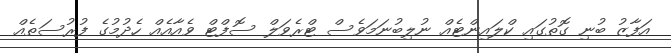
އަފާޒު ބުނި ގޮތުގައި ކްލައިންޓެއް ނުލިބުނަމަވެސް ޓްރެވަލް ސޮފްޓް ވެއާއެއް ހެދުމުގެ ފުރުސަތެއް